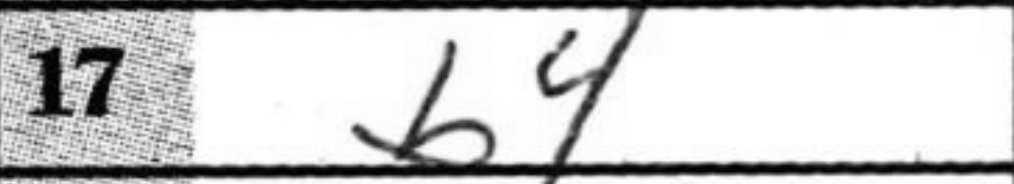
Transcription: b4